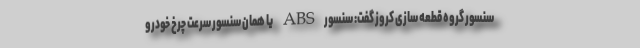
سنسور گروه قطعه سازی کروز گفت: سنسورABS یا همان سنسور سرعت چرخ خودرو